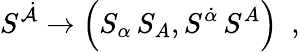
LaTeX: S^{\dot{\cal A}}\rightarrow\left(S_{\alpha}\, S_{A},S^{\dot{\alpha}}\, S^{A}\right)~~,